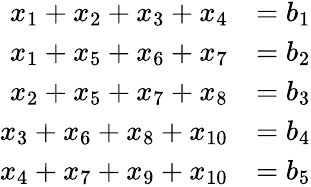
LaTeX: \begin{array}{rl}{x_{1}+x_{2}+x_{3}+x_{4}}&{=b_{1}}\\ {x_{1}+x_{5}+x_{6}+x_{7}}&{=b_{2}}\\ {x_{2}+x_{5}+x_{7}+x_{8}}&{=b_{3}}\\ {x_{3}+x_{6}+x_{8}+x_{10}}&{=b_{4}}\\ {x_{4}+x_{7}+x_{9}+x_{10}}&{=b_{5}}\end{array}